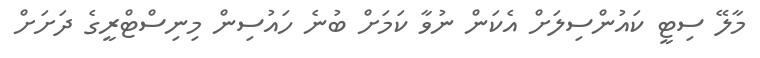
މާލޭ ސިޓީ ކައުންސިލަށް އެކަން ނުވާ ކަމަށް ބުނެ ހައުސިން މިނިސްޓްރީގެ ދަށަށް